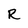
Character: R